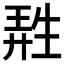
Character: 𤯩